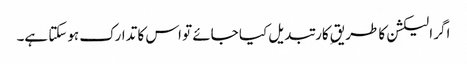
اگر الیکشن کا طریقِ کار تبدیل کیا جائے تو اس کا تدارک ہوسکتا ہے۔